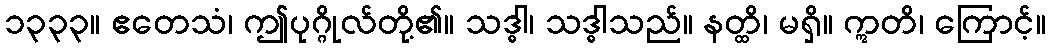
၁၃၃၃။ ဧတေသံ၊ ဤပုဂ္ဂိုလ်တို့၏။ သဒ္ဓါ၊ သဒ္ဓါသည်။ နတ္ထိ၊ မရှိ။ ဣတိ၊ ကြောင့်။